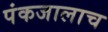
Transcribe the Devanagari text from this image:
पंकजालाच